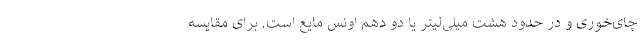
چای‌خوری و در حدود هشت میلی‌لیتر یا دو دهم اونس مایع است. برای مقایسه